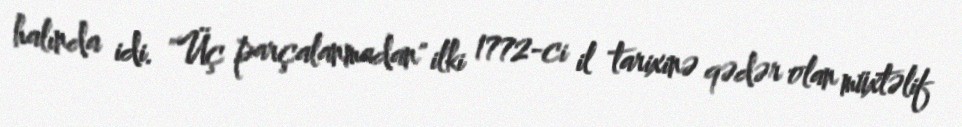
halında idi. "Üç parçalanmadan" ilki 1772-ci il tarixinə qədər olan müxtəlif